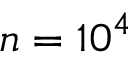
n = 1 0 ^ { 4 }